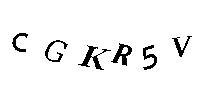
CGKR5V